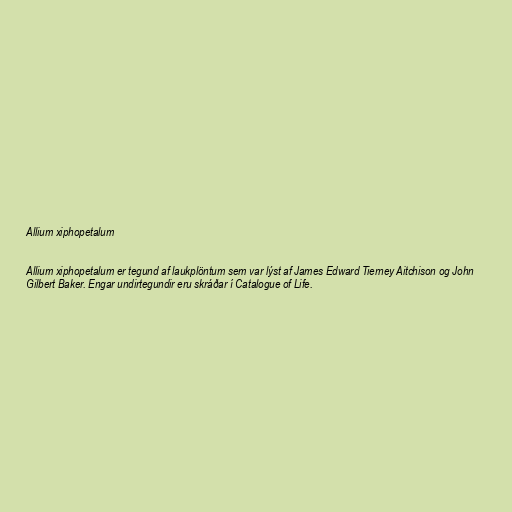
Allium xiphopetalum

Allium xiphopetalum er tegund af laukplöntum sem var lýst af James Edward Tierney Aitchison og John
Gilbert Baker. Engar undirtegundir eru skráðar í Catalogue of Life.